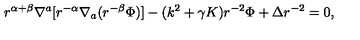
r ^ { \alpha + \beta } \nabla ^ { a } [ r ^ { - \alpha } \nabla _ { a } ( r ^ { - \beta } \Phi ) ] - ( k ^ { 2 } + \gamma K ) r ^ { - 2 } \Phi + \Delta r ^ { - 2 } = 0 ,